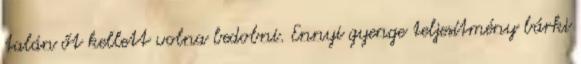
talán őt kellett volna bedobni. Ennyi gyenge teljesítmény bárki